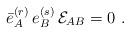
LaTeX: \begin{align*}\bar e^{(r)}_A \, e^{(s)}_B \, {\cal E}_{AB} =0 \, \,.\end{align*}